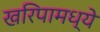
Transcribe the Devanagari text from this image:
खरिपामध्ये